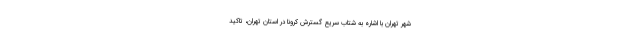
شهر تهران با اشاره به شتاب سریع گسترش کرونا در استان تهران، تاکید